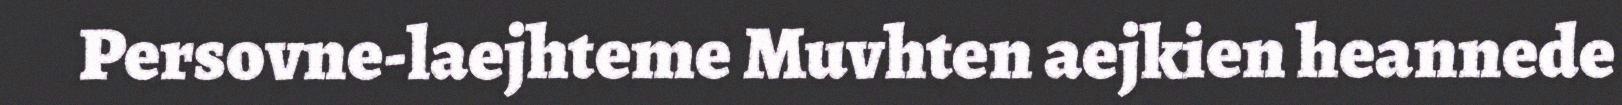
Persovne-laejhteme Muvhten aejkien heannede